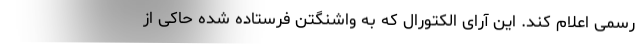
رسمی اعلام کند. این آرای الکتورال که به واشنگتن فرستاده شده حاکی از